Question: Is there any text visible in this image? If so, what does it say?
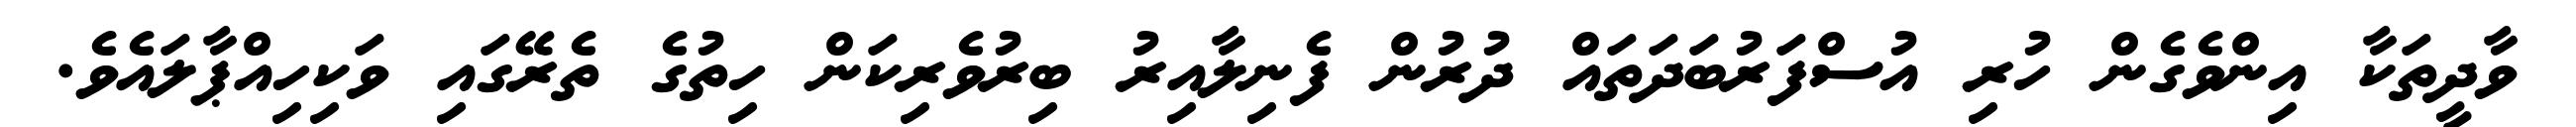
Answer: ވާދީތަކާ އިންވެގެން ހުރި އުސްފަރުބަދަތައް ދުރުން ފެނިލާއިރު ބިރުވެރިކަން ހިތުގެ ތެރޭގައި ވަކިހިއްޕާލައެވެ.